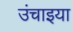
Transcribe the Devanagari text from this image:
उंचाइया